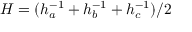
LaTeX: H = ( h _ { a } ^ { - 1 } + h _ { b } ^ { - 1 } + h _ { c } ^ { - 1 } ) / 2